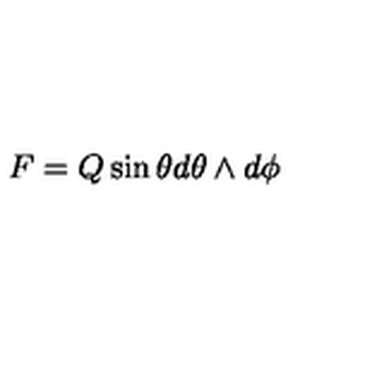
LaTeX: F = Q \sin \theta d \theta \wedge d \phi